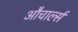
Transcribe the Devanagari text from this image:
औचार्ल्स